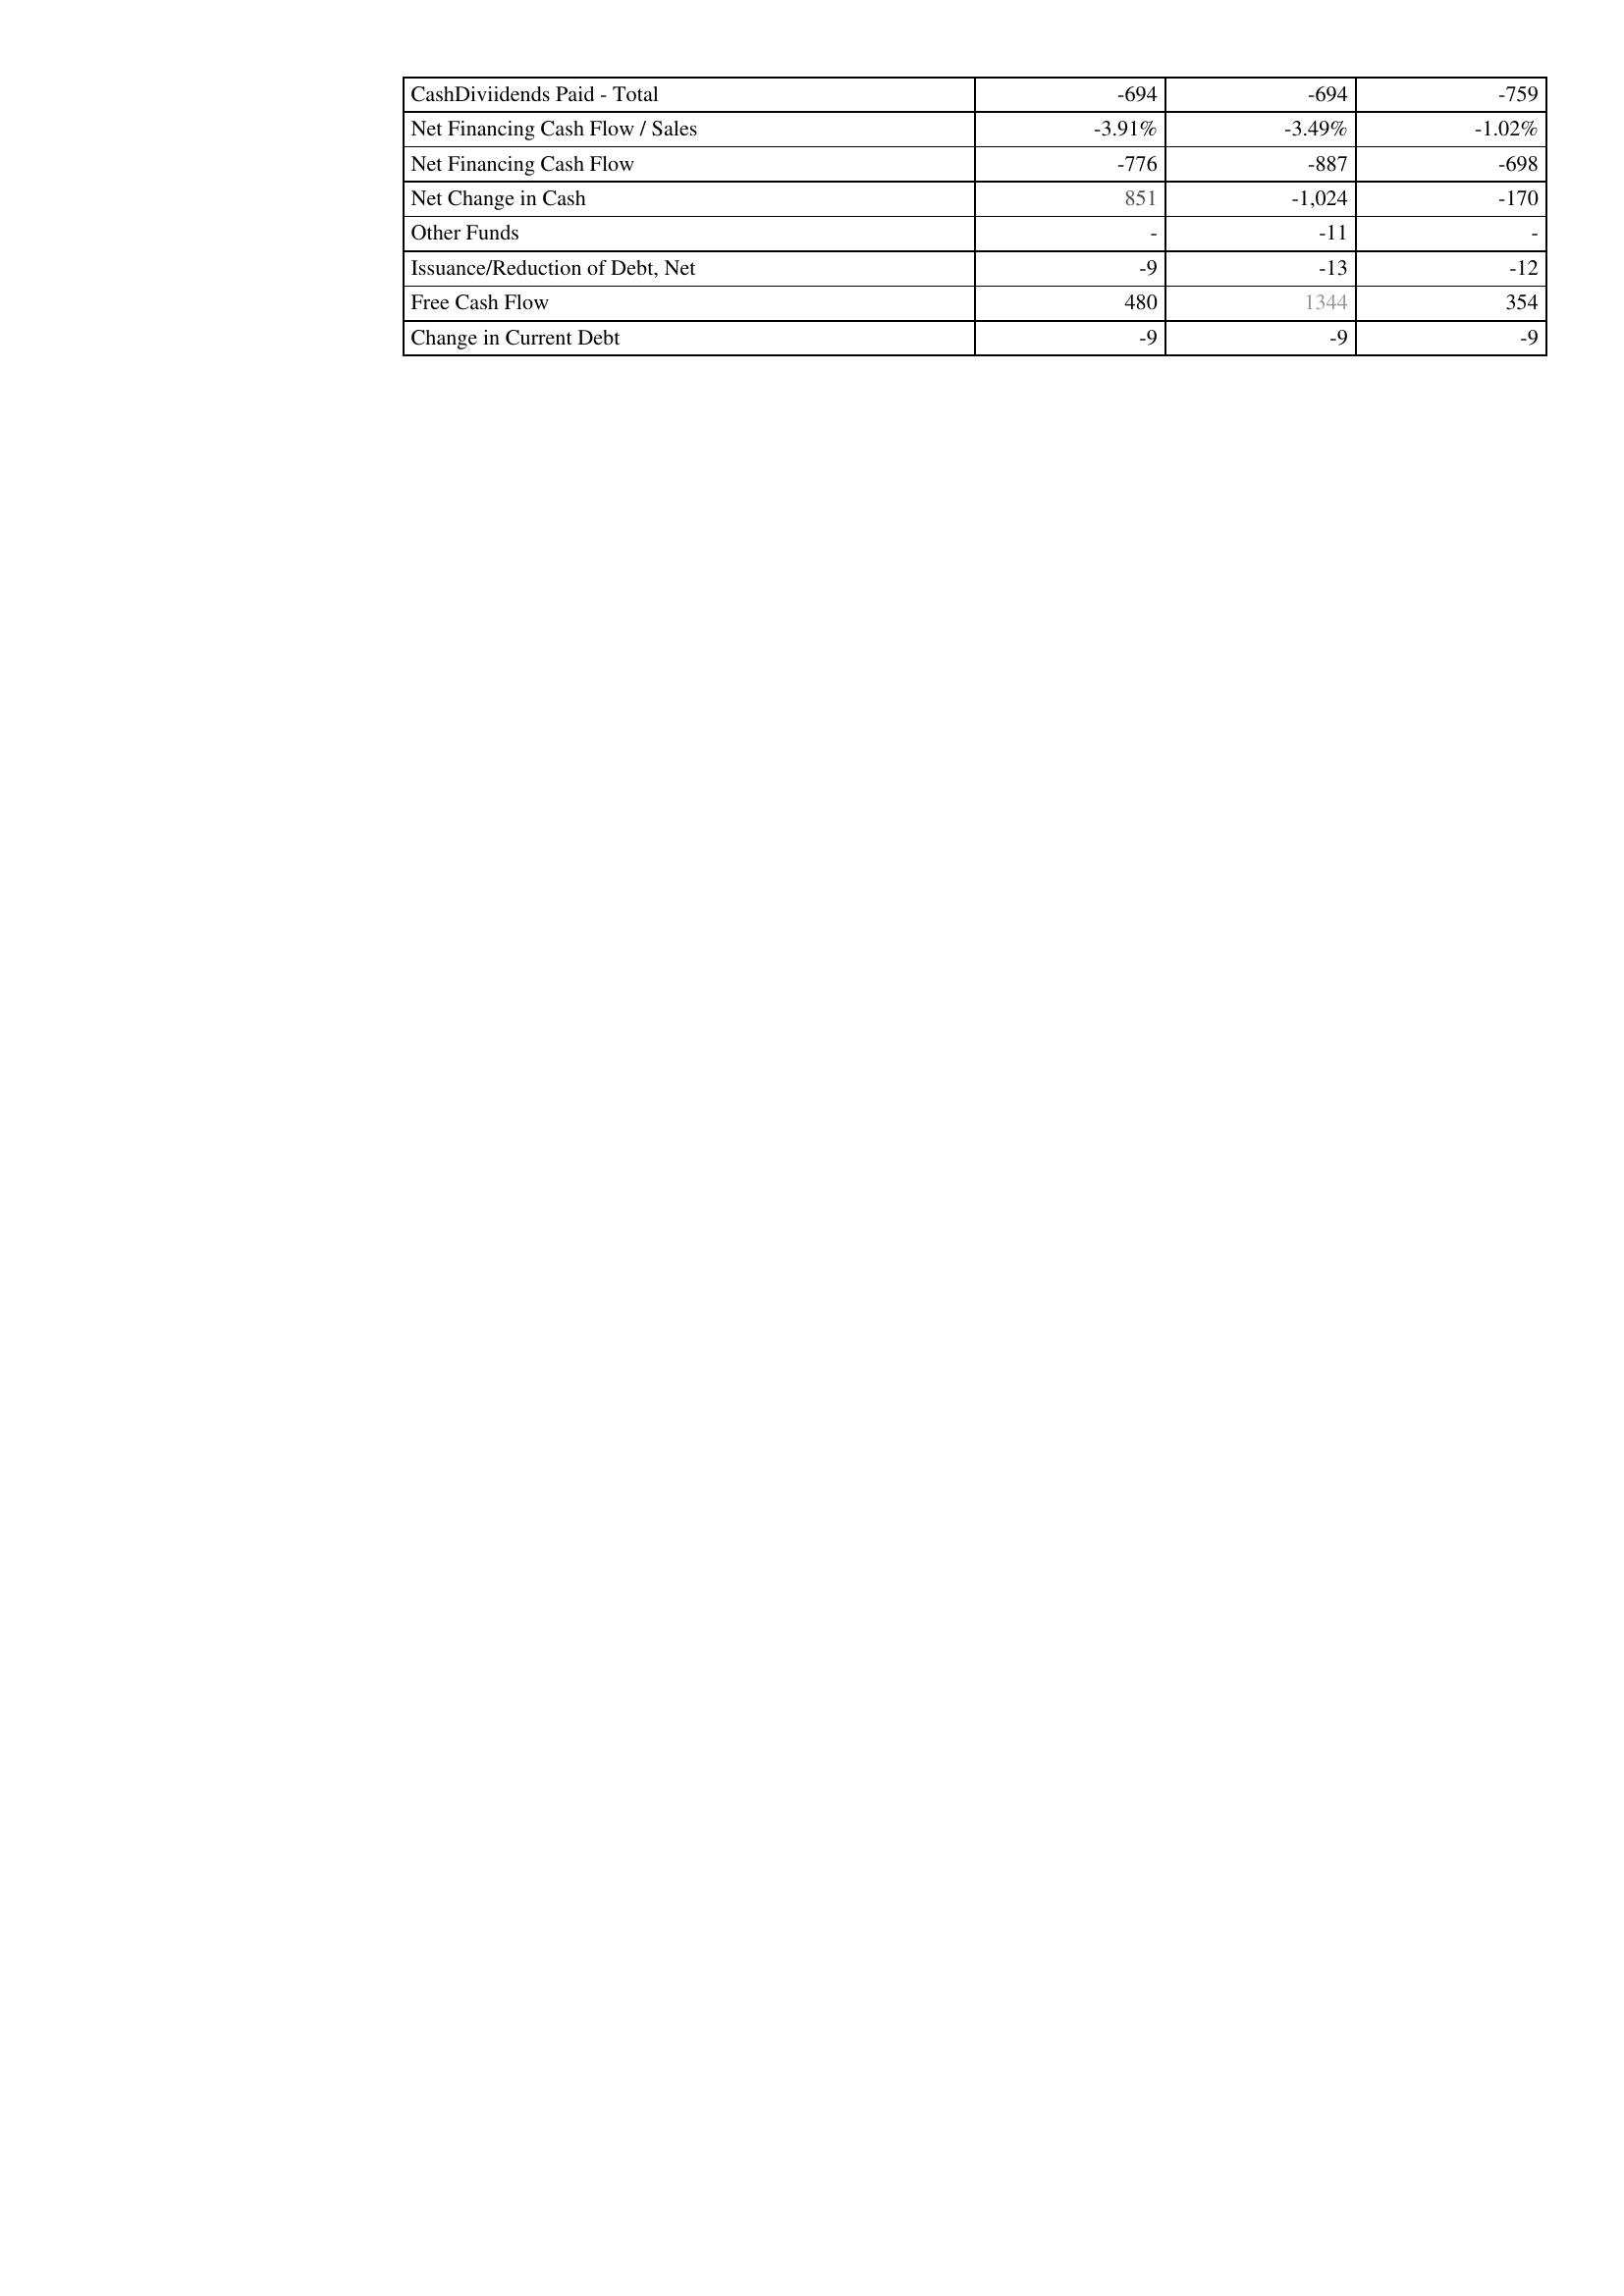
2009: Financing Activities: CashDiviidends Paid - Total: -694
Net Financing Cash Flow / Sales: -3.91%
Net Financing Cash Flow: -776
Net Change in Cash: 851
Other Funds: -
Issuance/Reduction of Debt, Net: -9
Free Cash Flow: 480
Change in Current Debt: -9
2008: Financing Activities: CashDiviidends Paid - Total: -694
Net Financing Cash Flow / Sales: -3.49%
Net Financing Cash Flow: -887
Net Change in Cash: -1,024
Other Funds: -11
Issuance/Reduction of Debt, Net: -13
Free Cash Flow: 1344
Change in Current Debt: -9
2007: Financing Activities: CashDiviidends Paid - Total: -759
Net Financing Cash Flow / Sales: -1.02%
Net Financing Cash Flow: -698
Net Change in Cash: -170
Other Funds: -
Issuance/Reduction of Debt, Net: -12
Free Cash Flow: 354
Change in Current Debt: -9